Cholera in southern India
Disease focus: Cholera
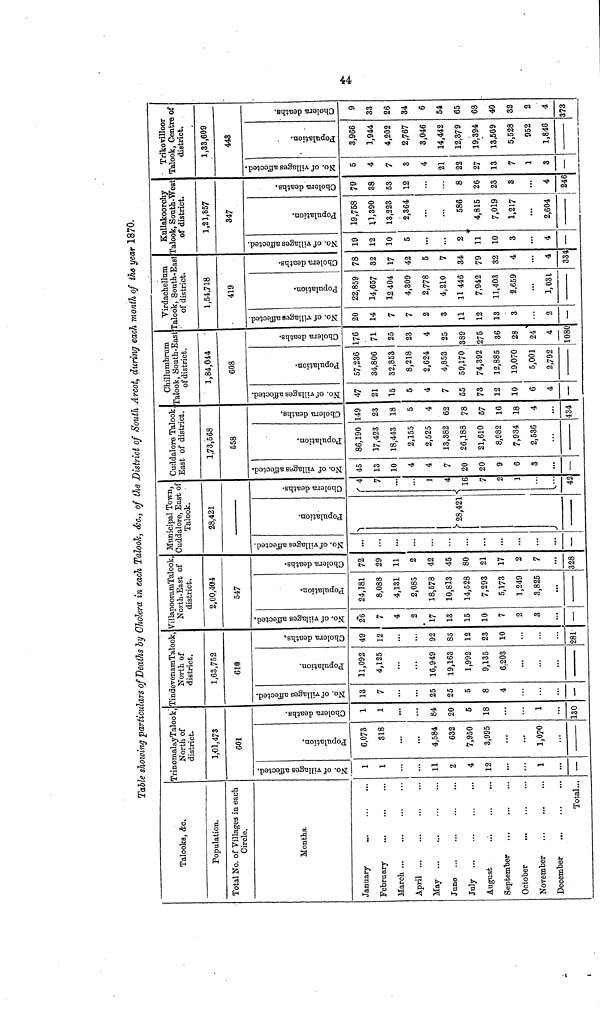
Table showing particulars of Deaths by Cholera in each Talooh, &c., of the District of South Arcot, during each month of the year 1870.
Talooks, &c.
Population.
Total No. of Villages in each
Circle.
Months.
January
...
February-
March
April ...
May
June
July
August
September
October
November
December
...
Total...
TrinomalayTalook,
North of
district.
1,01,473
601
No. of villages affected.
1
1
11
2
4
12
1
—
Population.
6,073
318
4,584
632
7,950
3,995
1,070
Cholern deaths.
1
1
84
20
5
18
1
130
TindevenamTalook,
North of
district.
1,63,752
616
No. of villages affiected.
13
7
25
25
5
8
4
—
Population.
11,092
4,125
16,949
19,163
1,992
9,135
6,203
...
Cholora deaths.
49
12
92
83
12
23
10
281
VillapooramTalook
North-East of
district.
2,00,404
547
No. of villages affected.
2*6
7
4
2
17
13
15
10
7
2
3
—
Population.
24,181
8,088
4,131
2,085
18,578
10,813
14,528
7,293
5,173
1,249
3,825
Cholera deaths.
72
29
11
2
42
45
80
21
17
2
7
328
Municipal Town,
Cuddalore, East of
Talook.
28,421
No. of villages afected.
...
...
...
...
...
...
...
—
Population.
28,421
Colera deaths.
4
7
...
1
4
16
7
2
1
42
Cuddalore Talook
East of district.
1,73,568
558
No. of villages affected.
45
13
10
4
4
7
20
20
9
6
3
—
Population.
86,190
17,423
18,443
2,155
2,525
13,382
26,188
21,610
8,982
7,934
2,536
Cholera deaths.
149
23
18
5
4
62
78
57
16
18
4
434
Chillumbrum
Talook, South-East
of district.
1,84,044
608
No. of villages affected.
47
21
15
5
4
7
55
73
12
10
6
4
—
Population.
57,236
34,806
32,853
8,218
2,624
4,853
59,170
74,392
12,885
19,070
5,001
2,792
Choleia deaths.
176
71
25
23
4
25
389
275
36
28
24
4
1080
Virdachellum
Talook, South-East
of district.
1.54,718
419
No. of villages affected.
20
14
7
7
2
3
11
12
13
3
2
—
Population
22,859
14,657
12 404
4,309
2,778
4,210
11 446
7,942
11,403
2,659
1,031
Cholera deahs.
78
32
17
42
5
7
34
79
32
4
4
334
Kullakoorohy
Talook, South-West
of district.
1,21,857
347
No. of villages affected.
19
12
10
5
...
2
11
10
3
4
—
Population.
19,758
11,390
13,223
2,364
...
...
586
4,815
7,019
1,217
2,604
Cholera deaths.
79
38
53
12
...
8
26
23
3
4
246
Trikovilloor
Talook, Centre of
district.
1,33,609
443
No. of villages affected.
5
4
7
3
4
21
22
27
13
7
1
3
—
Population.
3,966
1,944
4,202
2,767
3,046
14,442
12,379
19,394
13,569
5,528
952
1,846
Cholera deaths.
9
33
26
34
6
54
65
68
40
32
2
4
373
44